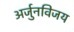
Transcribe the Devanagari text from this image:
अर्जुनविजय